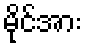
မိုင်အား